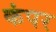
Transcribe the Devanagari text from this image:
कंपर